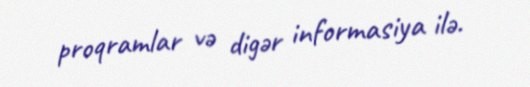
proqramlar və digər informasiya ilə.